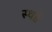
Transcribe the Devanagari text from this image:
स्थडे